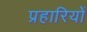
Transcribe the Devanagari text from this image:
प्रहारियों